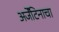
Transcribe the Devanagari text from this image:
अर्जेंटिनाचा